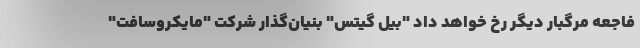
فاجعه مرگبار دیگر رخ خواهد داد "بیل گیتس" بنیان‌گذار شرکت "مایکروسافت"